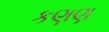
કણણ